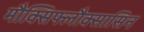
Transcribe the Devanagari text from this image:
मौक्सिफ्लौक्सासिन